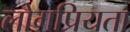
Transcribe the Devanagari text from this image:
लोगप्रियता